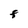
Character: F